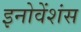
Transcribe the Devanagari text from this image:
इनोवेंशंस